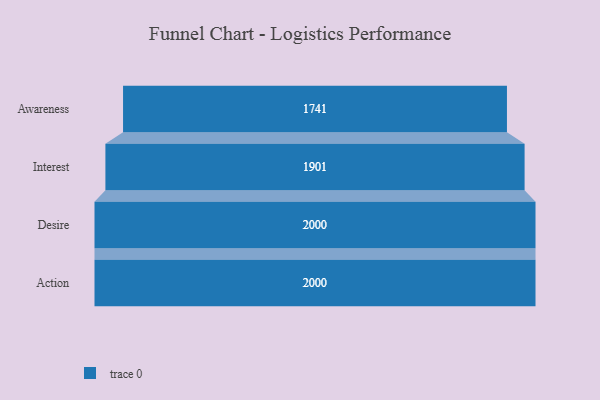
{"axis": {"x": "Stage", "y": "Value"}, "legend": [""], "data": [{"x": "Awareness", "y": 1741.0, "type": ""}, {"x": "Interest", "y": 1901.0, "type": ""}, {"x": "Desire", "y": 2000, "type": ""}, {"x": "Action", "y": 2000, "type": ""}]}